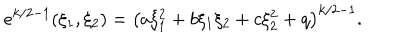
LaTeX: e ^ { k / 2 - 1 } ( \xi _ { 1 } , \xi _ { 2 } ) = \left( a \xi _ { 1 } ^ { 2 } + b \xi _ { 1 } \xi _ { 2 } + c \xi _ { 2 } ^ { 2 } + q \right) ^ { k / 2 - 1 } .